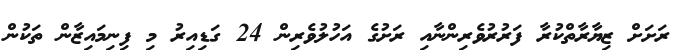
ރަށަށް ޒިޔާރާތްކުރާ ފަރުރުވެރިންނާއި ރަށުގެ އަހުލުވެރިން 24 ގަޑިއިރު މި ފިނިމައިޒާން ތަކުން